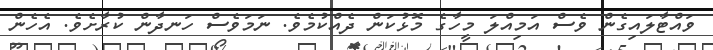
ވައްޓާލައިގެން ވެސް އަމިއްލަ މީހާގެ މޮޅުކަން ދެއްކުމެވެ. ނަމަވެސް ހަނދާން ކުރާށެވެ. އެހެން